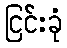
ငြင်းခုံ